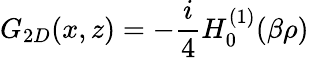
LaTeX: G_{2D}(x,z)=-\frac{i}{4}H_{0}^{(1)}(\beta\rho)